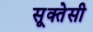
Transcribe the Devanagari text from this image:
सूक्तेसी